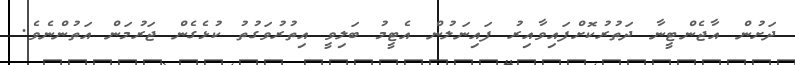
ދަށުން އާޖެންޓީނާ ދަތުރުކޮށްފައިވާއިރު ފައިނަލުން އެޓީމު ބަލިވީ އިތުރުވަގުތު ކުޅެގެން ޖަރުމަން އަތުންނެވެ.